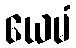
ယေမံ